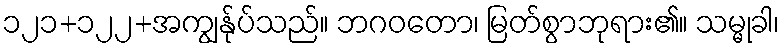
၁၂၁+၁၂၂+အကျွန်ုပ်သည်။ ဘဂဝတော၊ မြတ်စွာဘုရား၏။ သမ္မုခါ၊